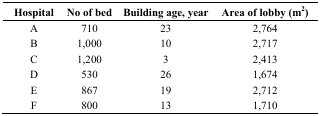
| Hospital | No of bed | Building age, year | Area of lobby (m2) |
 | --- | --- | --- | --- |
 | A | 710 | 23 | 2,764 |
 | B | 1,000 | 10 | 2,717 |
 | C | 1,200 | 3 | 2,413 |
 | D | 530 | 26 | 1,674 |
 | E | 867 | 19 | 2,712 |
 | F | 800 | 13 | 1,710 |